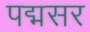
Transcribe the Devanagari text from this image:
पद्मसर